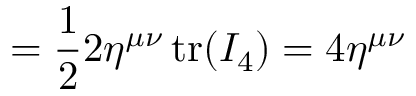
= { \frac { 1 } { 2 } } 2 \eta ^ { \mu \nu } \operatorname { t r } ( I _ { 4 } ) = 4 \eta ^ { \mu \nu }